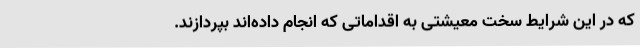
که در این شرایط سخت معیشتی به اقداماتی که انجام داده‌اند بپردازند.